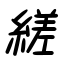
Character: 縒